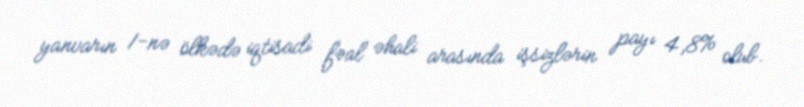
yanvarın 1-nə ölkədə iqtisadi fəal əhali arasında işsizlərin payı 4,8% olub.